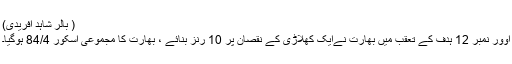
( بالر شاہد آفریدی)
اوور نمبر 12 ہدف کے تعقب میں بھارت نےایک کھلاڑی کے نقصان پر 10 رنز بنائے ، بھارت کا مجموعی اسکور 84/4 ہوگیا۔